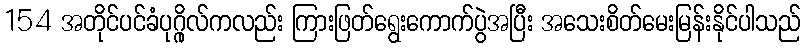
154 အတိုင်ပင်ခံပုဂ္ဂိုလ်ကလည်း ကြားဖြတ်ရွေးကောက်ပွဲအပြီး အသေးစိတ်မေးမြန်းနိုင်ပါသည်